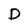
Character: D